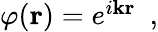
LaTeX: \begin{array}{r}{\varphi({\mathbf r})=e^{i{\mathbf k}{\mathbf r}}~~,}\end{array}